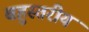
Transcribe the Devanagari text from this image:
बहुस्‍तरीय